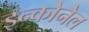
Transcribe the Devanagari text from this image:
इन्कोनेल